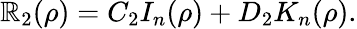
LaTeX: \mathbb{R}_{2}(\rho)=C_{2}I_{n}(\rho)+D_{2}K_{n}(\rho).